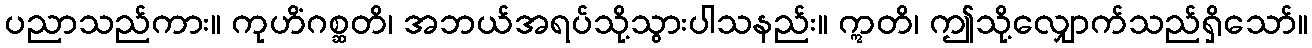
ပညာသည်ကား။ ကုဟိံဂစ္ဆတိ၊ အဘယ်အရပ်သို့သွားပါသနည်း။ ဣတိ၊ ဤသို့လျှောက်သည်ရှိသော်။